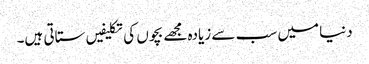
دنیا میں سب سے زیادہ مجھے بچوں کی تکلیفیں ستاتی ہیں۔